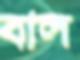
বাল